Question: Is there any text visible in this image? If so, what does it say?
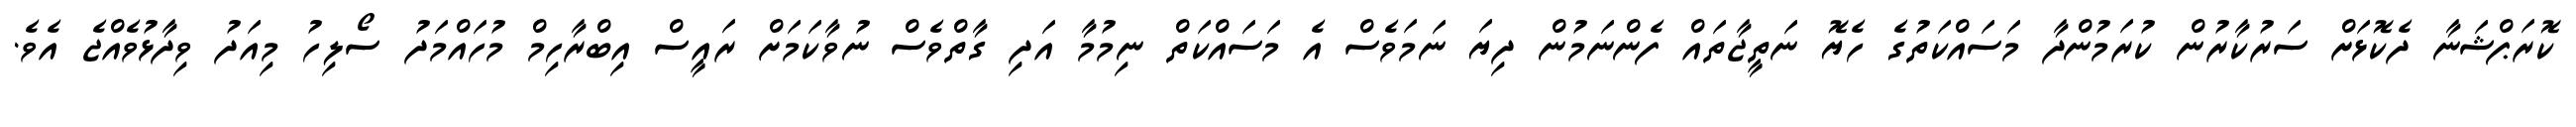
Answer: ކޮރަޕްޝަނާ ދެކޮޅަށް ސަރުކާރުން ކުރަމުންދާ މަސައްކަތުގެ ހެޔޮ ނަތީޖާތައް ފެންނަމުން ދިޔަ ނަމަވެސް އެ މަސައްކަތް ނިމުމާ އަދި ގާތްވެސް ނުވާކަމަށް ރައީސް އިބްރާހިމް މުހައްމަދު ސޯލިހު މިއަދު ވިދާޅުވެއްޖެ އެވެ.